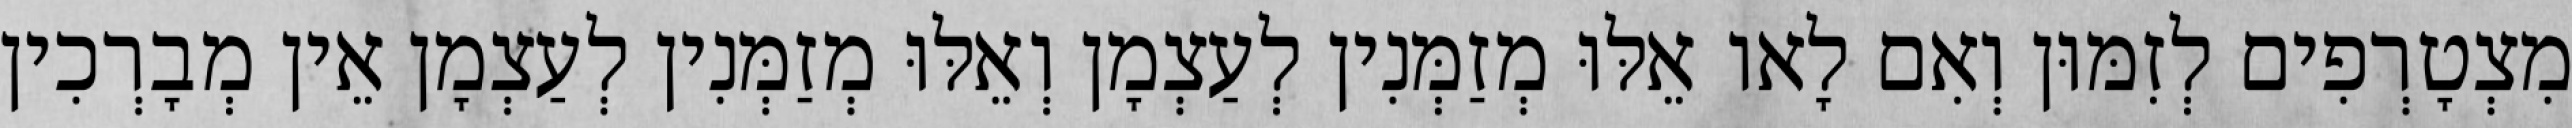
מִצְטָרְפִים לְזִמּוּן וְאִם לָאו אֵלּוּ מְזַמְּנִין לְעַצְמָן וְאֵלּוּ מְזַמְּנִין לְעַצְמָן אֵין מְבָרְכִין